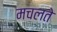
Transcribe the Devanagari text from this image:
मचलते